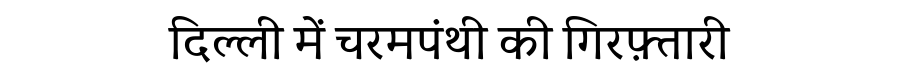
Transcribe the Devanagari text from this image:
दिल्ली में चरमपंथी की गिरफ़्तारी